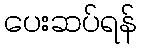
ပေးဆပ်ရန်